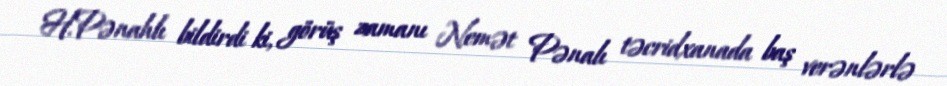
H.Pənahlı bildirdi ki, görüş zamanı Nemət Pənalı təcridxanada baş verənlərlə